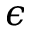
\epsilon